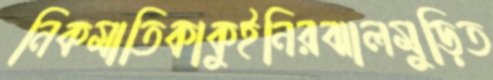
নিকমাতিকাকুইনিরঝালমুড়িত